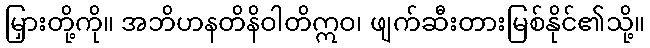
မြှားတို့ကို။ အဘိဟနတိနိဝါတိဣဝ၊ ဖျက်ဆီးတားမြစ်နိုင်၏သို့။